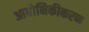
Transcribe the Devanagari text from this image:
आधोनिकीकरण